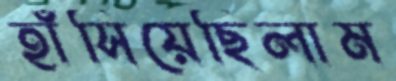
হাঁসিয়েছিলাম